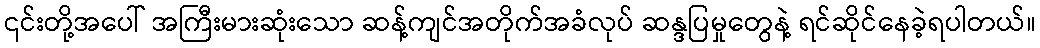
၎င်းတို့အပေါ် အကြီးမားဆုံးသော ဆန့်ကျင်အတိုက်အခံလုပ် ဆန္ဒပြမှုတွေနဲ့ ရင်ဆိုင်နေခဲ့ရပါတယ်။